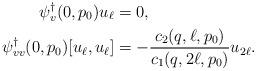
\begin{align*} \psi^\dagger_v(0,p_0)u_\ell &= 0,\\ \psi^\dagger_{vv}(0,p_0)[u_\ell,u_\ell] &= - \frac{c_2(q,\ell,p_0)}{c_1(q,2\ell,p_0)} u_{2\ell}.\end{align*}